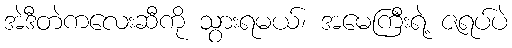
အဲဒီတဲကလေးဆီကို သွားရမယ်၊ အမေကြီးရဲ့ ဇရပ်ပဲ